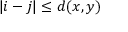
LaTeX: | i - j | \leq d ( x , y )